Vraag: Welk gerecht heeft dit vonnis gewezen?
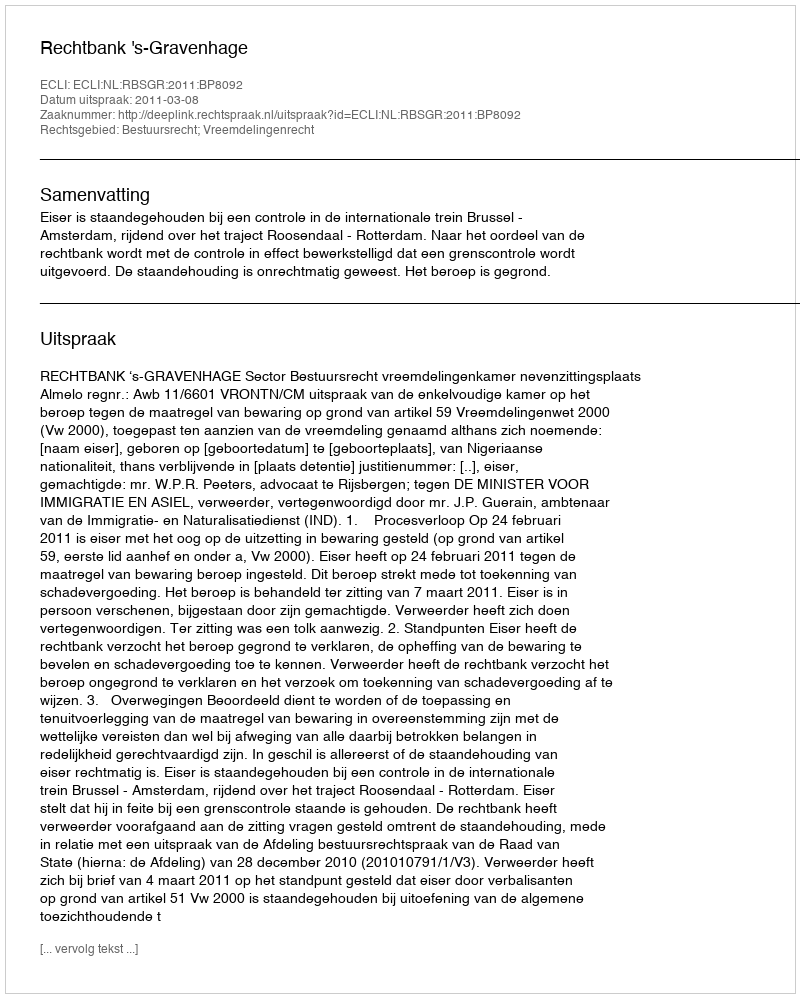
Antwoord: Rechtbank 's-Gravenhage